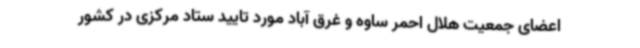
اعضای جمعیت هلال احمر ساوه و غرق آباد مورد تایید ستاد مرکزی در کشور